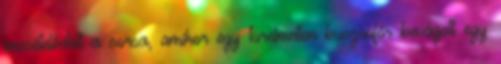
pecsételődött a sorsa, amikor egy türelmetlen buszsofőr bevágott egy